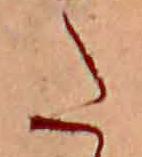
た